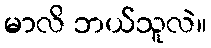
မာလိ ဘယ်သူလဲ။